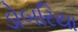
ડોબરિયા